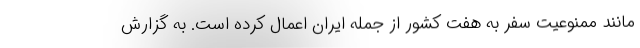
مانند ممنوعیت سفر به هفت کشور از جمله ایران اعمال کرده است. به گزارش